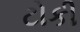
ટોકી